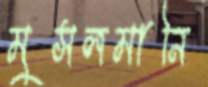
মুসলমানি